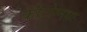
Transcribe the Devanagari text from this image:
कीटोग्नथा